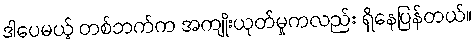
ဒါပေမယ့် တစ်ဘက်က အကျိုးယုတ်မှုကလည်း ရှိနေပြန်တယ်။